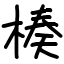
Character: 楱